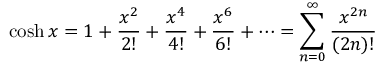
\cosh x = 1 + { \frac { x ^ { 2 } } { 2 ! } } + { \frac { x ^ { 4 } } { 4 ! } } + { \frac { x ^ { 6 } } { 6 ! } } + \cdots = \sum _ { n = 0 } ^ { \infty } { \frac { x ^ { 2 n } } { ( 2 n ) ! } }